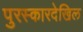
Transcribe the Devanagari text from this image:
पुरस्कारदेखिल